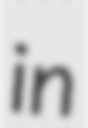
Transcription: in